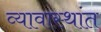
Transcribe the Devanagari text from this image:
व्यावास्थांत